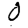
Digit: 0